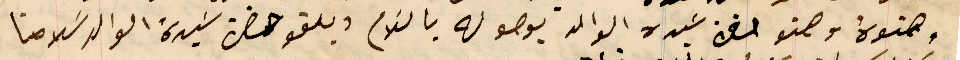
وصنوهُ وصنو حضرة سَيده الوالد بوصوله بالسَلام وبلغو حضرة سَيدهُ الوالد سَلامنا